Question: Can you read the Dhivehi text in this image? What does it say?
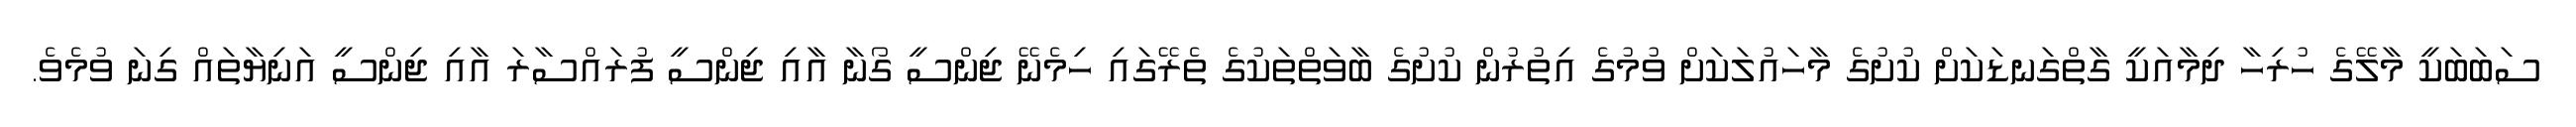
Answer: ސަބަބަކީ މާލޭގެ ހުރިހާ ދިމާއަކީ ގާތްގަނޑަކަށް ކުށުގެ މާހައުލަކަށް ވުމުގެ އިތުރުން ކުށުގެ ބާވަތްތަކުގެ ތެރޭގައި ހިމެނޭ ޖިންސީ ގޯނާ އާއި ޖިންސީ ފުރައްސާރަ އާއި ޖިންސީ އަނިޔާތައް ގިނަ ވުމެވެ.